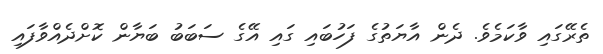
ތެރޭގައި ވާކަމެވެ. ދެން އާޔަތުގެ ފަހުބައި ގައި އޭގެ ސަބަބު ބަޔާން ކޮށްދެއްވާފައި